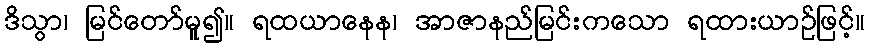
ဒိသွာ၊ မြင်တော်မူ၍။ ရထယာနေန၊ အာဇာနည်မြင်းကသော ရထားယာဉ်ဖြင့်။